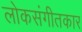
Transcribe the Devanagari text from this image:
लोकसंगीतकार